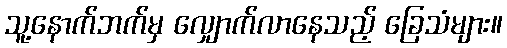
သူ့နောက်ဘက်မှ လျှောက်လာနေသည့် ခြေသံများ။